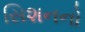
સિશનનો